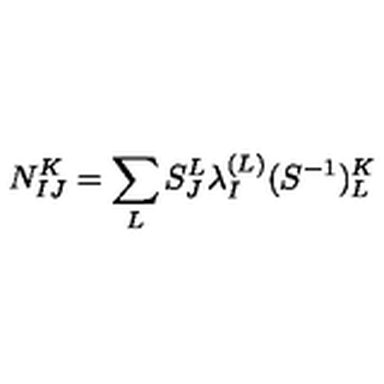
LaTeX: N _ { I J } ^ { K } = \sum _ { L } S _ { J } ^ { L } \lambda _ { I } ^ { ( L ) } ( S ^ { - 1 } ) _ { L } ^ { K }